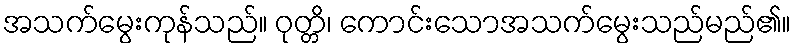
အသက်မွေးကုန်သည်။ ဝုတ္တိ၊ ကောင်းသောအသက်မွေးသည်မည်၏။